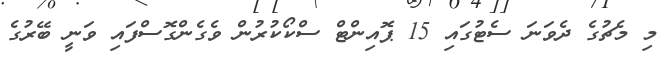
މި މެޗުގެ ދެވަނަ ސެޓުގައި 15 ޕޮއިންޓް ސްކޯކުރުން ވެގެންގޮސްފައި ވަނީ ބޭރުގެ